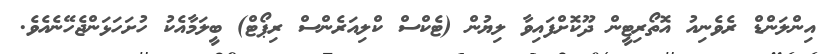
އިންލަންޑް ރެވެނިއު އޮތޯރިޓީން ދޫކޮށްފައިވާ ލިޔުން (ޓެކްސް ކްލިއަރެންސް ރިޕޯޓް) ބީލަމާއެކު ހުށަހަޅަންޖެހޭނެއެވެ.